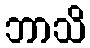
ဘာသိ